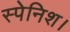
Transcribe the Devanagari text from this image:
स्पेनिश।